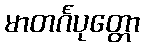
မာတင်္ဂပုတ္တော